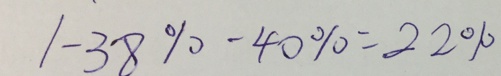
1 - 3 8 \% - 4 0 \% = 2 2 \%